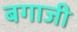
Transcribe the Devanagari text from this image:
बगाजी